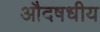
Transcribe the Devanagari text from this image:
औदषधीय